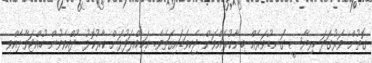
ގޮތުން ވަރުގަދަ ރިޔާސީ ގަނޑުވަރެއް ބިނާކުރައްވަން ޖެހިވަޑައިގަތެވެ. އަމިއްލަފުޅަށް ކާރުކޮޅު ދުއްވެވުން ހުއްޓަވާލެއްވި